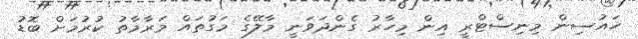
ހައުސިން މިނިސްޓްރީ އިން މިހާރު ގެންދަވަނީ މާލޭގެ މަގުތައް މަރާމާތު ކުރުމަށް ބޮޑު